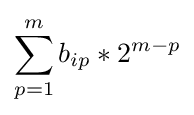
\sum _{p=1}^{m}b_{ip}*2^{m-p}